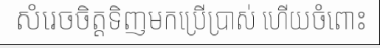
សំរេចចិត្តទិញមកប្រើប្រាស់ ហើយចំពោះ